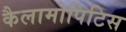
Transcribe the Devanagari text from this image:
कैलामोपिटिस